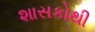
શાસકોથી